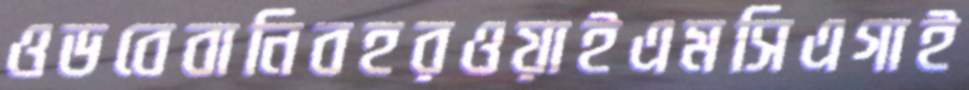
ওডবেবানিবহরওয়াইএমসিএগাই